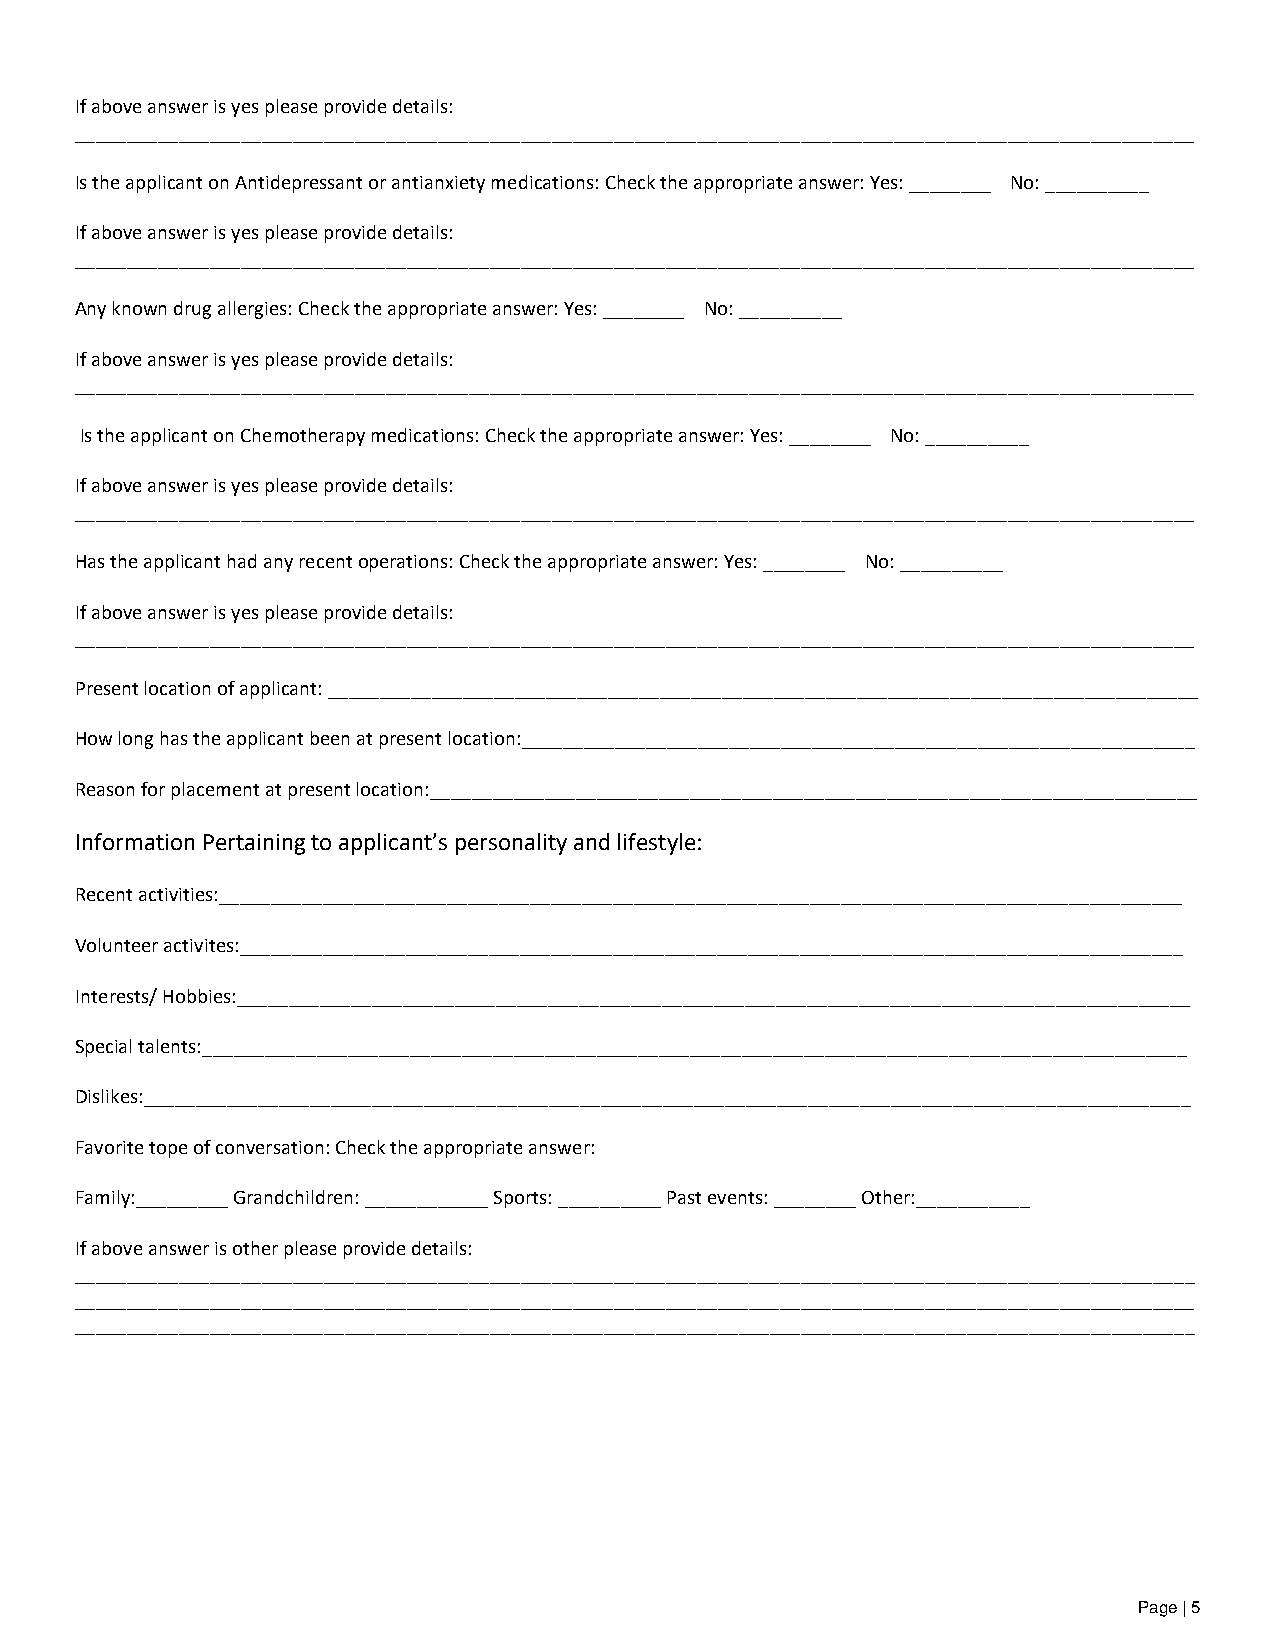
If above answer is yes please provide details:
 ____________________________________________________________________________________________________________
 Is the applicant on Antidepressant or antianxiety medications: Check the appropriate answer: Yes: ________ No: __________
 If above answer is yes please provide details:
 ____________________________________________________________________________________________________________
 Any known drug allergies: Check the appropriate answer: Yes: ________ No: __________
 If above answer is yes please provide details:
 ____________________________________________________________________________________________________________
 Is the applicant on Chemotherapy medications: Check the appropriate answer: Yes: ________ No: __________
 If above answer is yes please provide details:
 ____________________________________________________________________________________________________________
 Has the applicant had any recent operations: Check the appropriate answer: Yes: ________ No: __________
 If above answer is yes please provide details:
 ____________________________________________________________________________________________________________
 Present location of applicant: ____________________________________________________________________________________
 How long has the applicant been at present location:_________________________________________________________________
 Reason for placement at present location:__________________________________________________________________________
 Information Pertaining to applicant’s personality and lifestyle:
 Recent activities:_____________________________________________________________________________________________
 Volunteer activites:___________________________________________________________________________________________
 Interests/ Hobbies:____________________________________________________________________________________________
 Special talents:_______________________________________________________________________________________________
 Dislikes:_____________________________________________________________________________________________________
 Favorite tope of conversation: Check the appropriate answer:
 Family:_________ Grandchildren: ____________ Sports: __________ Past events: ________ Other:___________
 If above answer is other please provide details:
 ____________________________________________________________________________________________________________
 ____________________________________________________________________________________________________________
 ____________________________________________________________________________________________________________
 Page | 5